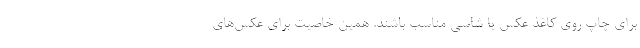
برای چاپ روی کاغذ عکس یا شاسی مناسب باشند. همین خاصیت برای عکس‌های